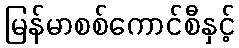
မြန်မာစစ်ကောင်စီနှင့်